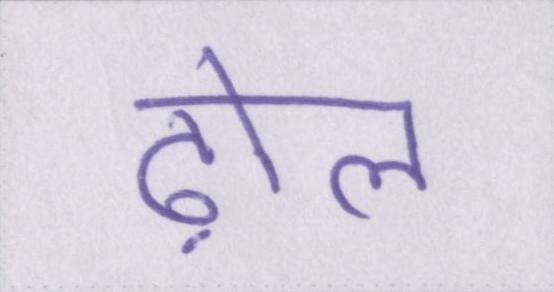
ढ़ोल